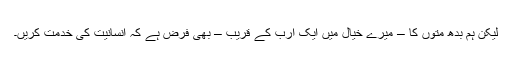
لیکن ہم بدھ متوں کا – میرے خیال میں ایک ارب کے قریب – بھی فرض ہے کہ انسانیت کی خدمت کریں۔